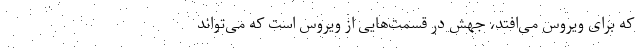
که برای ویروس می‌‌افتد، جهش در قسمت‌‌هایی از ویروس است که می‌‌تواند